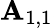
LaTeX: \mathbf{A}_{1,1}